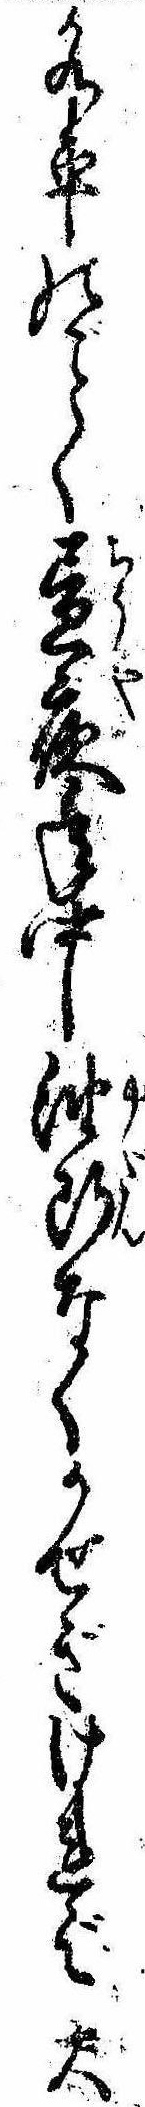
水車のく昼夜年中油断なくかせぎければ大